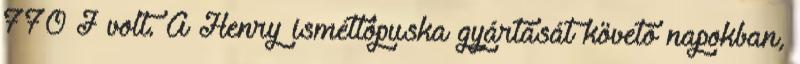
770 J volt. A Henry ismétlőpuska gyártását követő napokban,